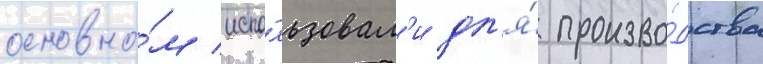
основно́м испо́льзовал'и дл'я́ произво́дства